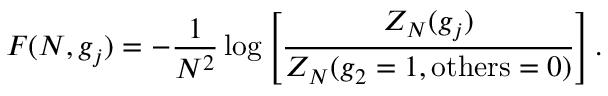
F ( N , g _ { j } ) = - \frac { 1 } { N ^ { 2 } } \log \left[ \frac { Z _ { N } ( g _ { j } ) } { Z _ { N } ( g _ { 2 } = 1 , \mathrm { o t h e r s } = 0 ) } \right] .